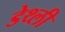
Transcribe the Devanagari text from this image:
डेथ्ली